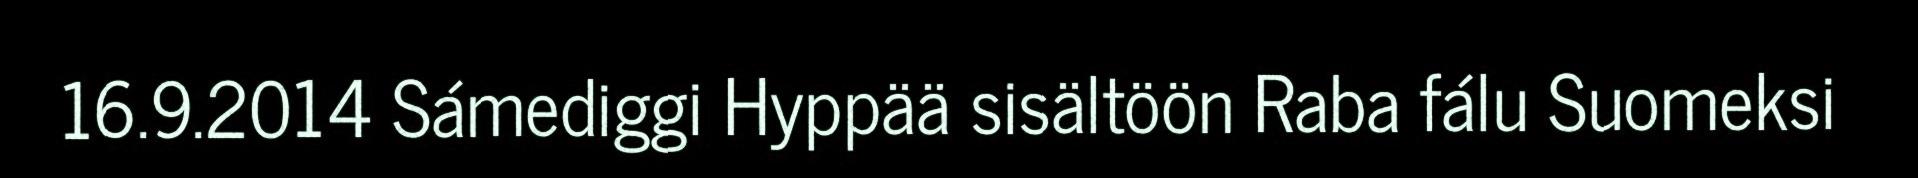
16.9.2014 Sámediggi Hyppää sisältöön Raba fálu Suomeksi